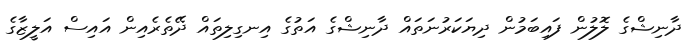
ދާނިޝްގެ ލޮލުން ފައިބަމުން ދިޔަކަރުނަތައް ދާނިޝްގެ އަތުގެ އިނގިލިތައް ދޭތެރެއިން އައިސް އަލީޒާގެ